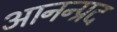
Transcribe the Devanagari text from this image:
आनन्प्रद